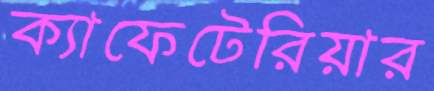
ক্যাফেটেরিয়ার